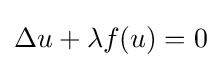
\Delta u+\lambda f(u)=0